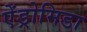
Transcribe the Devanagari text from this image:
ऐंड्रोमिडा